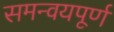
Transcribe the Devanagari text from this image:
समन्वयपूर्ण